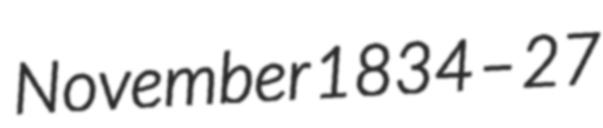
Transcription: November 1834 – 27